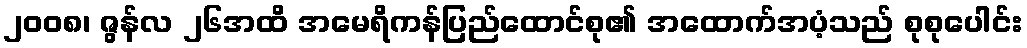
၂၀၀၈၊ ဇွန်လ ၂၆အထိ အမေရိကန်ပြည်ထောင်စု၏ အထောက်အပံ့သည် စုစုပေါင်း